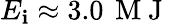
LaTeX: E_{\mathbf{i}}\approx3.0\, \mathrm{{~M~J~}}